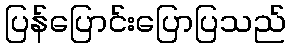
ပြန်ပြောင်းပြောပြသည်